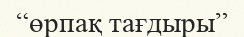
“өрпақ тағдыры”